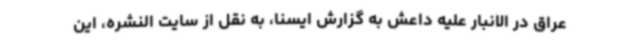
عراق در الانبار علیه داعش به گزارش ایسنا، به نقل از سایت النشره، این